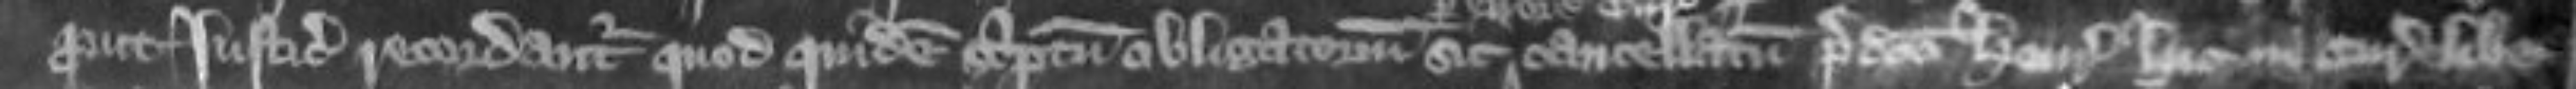
prout justiciarii recordantur quod quidem scriptum obligatorium sic cancellatum predicto Henrico hic in curia libe